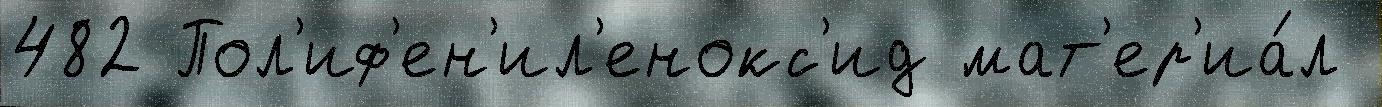
482 Пол'иф'ен'ил'енокс'ид мат'ер'иа́л